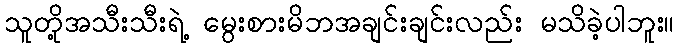
သူတို့အသီးသီးရဲ့ မွေးစားမိဘအချင်းချင်းလည်း မသိခဲ့ပါဘူး။